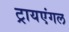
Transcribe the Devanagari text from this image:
ट्रायएंगल